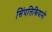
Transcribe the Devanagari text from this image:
सिंपलिकियानो